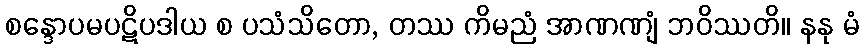
စန္ဒောပမပဋိပဒါယ စ ပသံသိတော, တဿ ကိမညံ အာဏဏျံ ဘဝိဿတိ။ နနု မံ